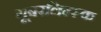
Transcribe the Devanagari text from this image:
गूबरलिन्स्क